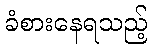
ခံစားနေရသည့်